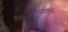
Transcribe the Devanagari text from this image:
सूक्ष्मदर्शकीय